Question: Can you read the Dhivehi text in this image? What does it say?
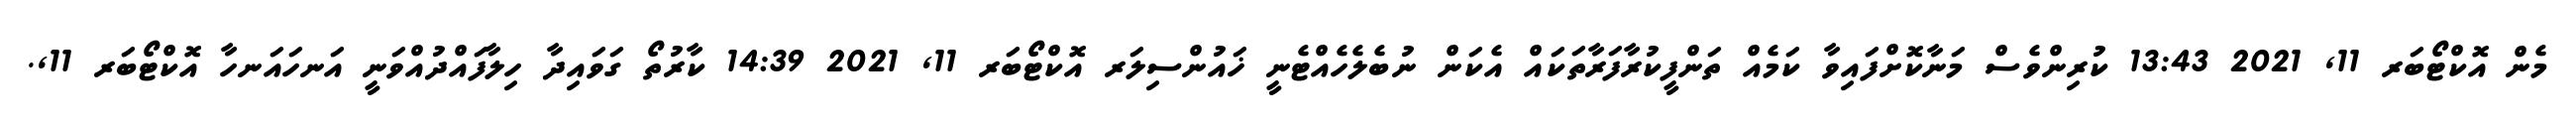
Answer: މެން އޮކްޓޯބަރ 11, 2021 13:43 ކުރިންވެސް މަނާކޮށްފައިވާ ކަމެއް ތަންފީކުރާފަރާތަކައް އެކަން ނުބެލެހެއްޓެނީ ޚައުންސިލަރ އޮކްޓޯބަރ 11, 2021 14:39 ކާރުތޯ ގަވައިދާ ހިލާފައްދުއްވަނީ އަނހައަނހާ އޮކްޓޯބަރ 11,.